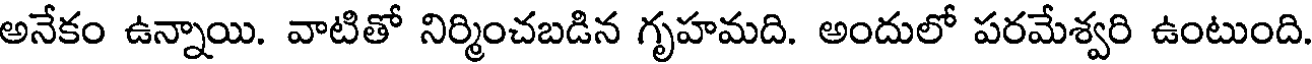
అనేకం ఉన్నాయి. వాటితో నిర్మించబడిన గృహమది. అందులో పరమేశ్వరి ఉంటుంది.